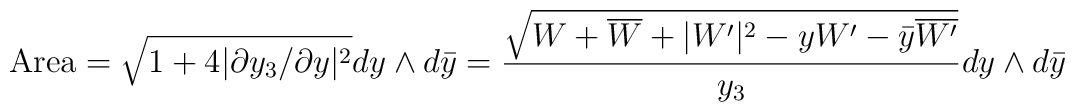
\mbox{Area}=\sqrt{1+4|\partial y_3/\partial y|^2}dy\wedge d\bar{y}={\sqrt{W+\overline{W}+|W'|^2- y W'-\bar{y}\overline{W'}}\over y_3}dy\wedge d\bar{y}